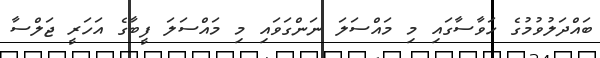
ބައްދަލުވުމުގެ ހަވާސާގައި މި މައްސަލަ ނަންގަވައި މި މައްސަލަ ފީބާގެ އަހަރީ ޖަލްސާ